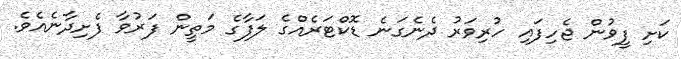
ކަށި ފީވުން ޖެހިފައި ހުރިވަރު ދެނެގަނެ ޑޮކްޓަރެއްގެ ލަފާގެ މަތީން ފަރުވާ ފެށިދާނެއެވެ.